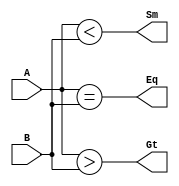
module comparator_bh(Eq,Gt,Sm,A,B);

	input [3:0]A,B;
	output reg Eq,Gt,Sm;

	always@(*) begin
		Eq= (A==B);	//A==B
		Gt= (A>B);	//A>B
		Sm= (A<B);	//A<B
	end // always@(*)

endmodule